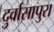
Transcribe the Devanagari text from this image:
दुर्वासापुरा